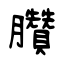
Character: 臢